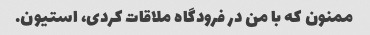
ممنون که با من در فرودگاه ملاقات کردی، استیون.